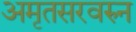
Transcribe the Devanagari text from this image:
अमृतसरवरुन